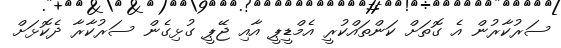
ސަރުކާރުން އެ ގޮތަށް ކަންތައްކުރީ އެމްޑީޕީ އާއި ޖޭޕީ ގުޅިގެން ސަރުކާރާ ދެކޮޅަށް